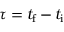
\tau = t _ { \mathrm { f } } - t _ { \mathrm { i } }